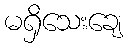
မရှိသေးချေ